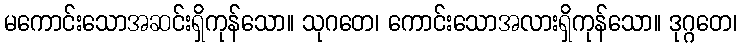
မကောင်းသောအဆင်းရှိကုန်သော။ သုဂတေ၊ ကောင်းသောအလားရှိကုန်သော။ ဒုဂ္ဂတေ၊